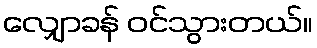
လျှောခန် ဝင်သွားတယ်။